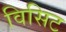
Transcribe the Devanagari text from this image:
विसिट